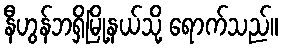
နီဟွန်ဘရှိမြို့နယ်သို့ ရောက်သည်။